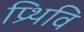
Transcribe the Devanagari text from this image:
प्र्थिवि